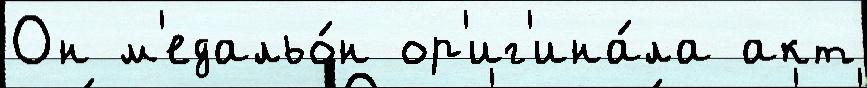
Он м'едальо́н ор'иг'ина́ла акт